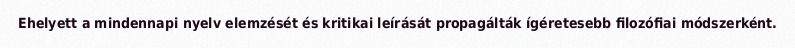
Ehelyett a mindennapi nyelv elemzését és kritikai leírását propagálták ígéretesebb filozófiai módszerként.